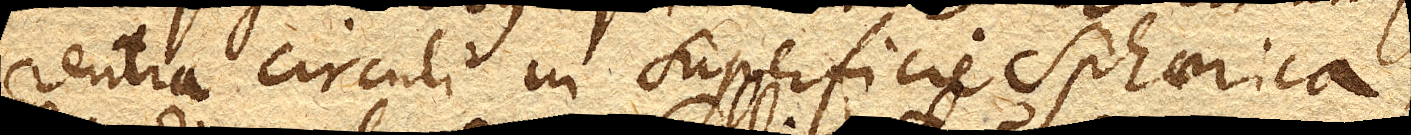
rentia circuli in superficie sphaerica,